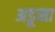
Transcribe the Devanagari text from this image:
अडूसा